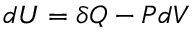
d U = \delta Q - P d V